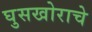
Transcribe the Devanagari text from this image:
घुसखोराचे